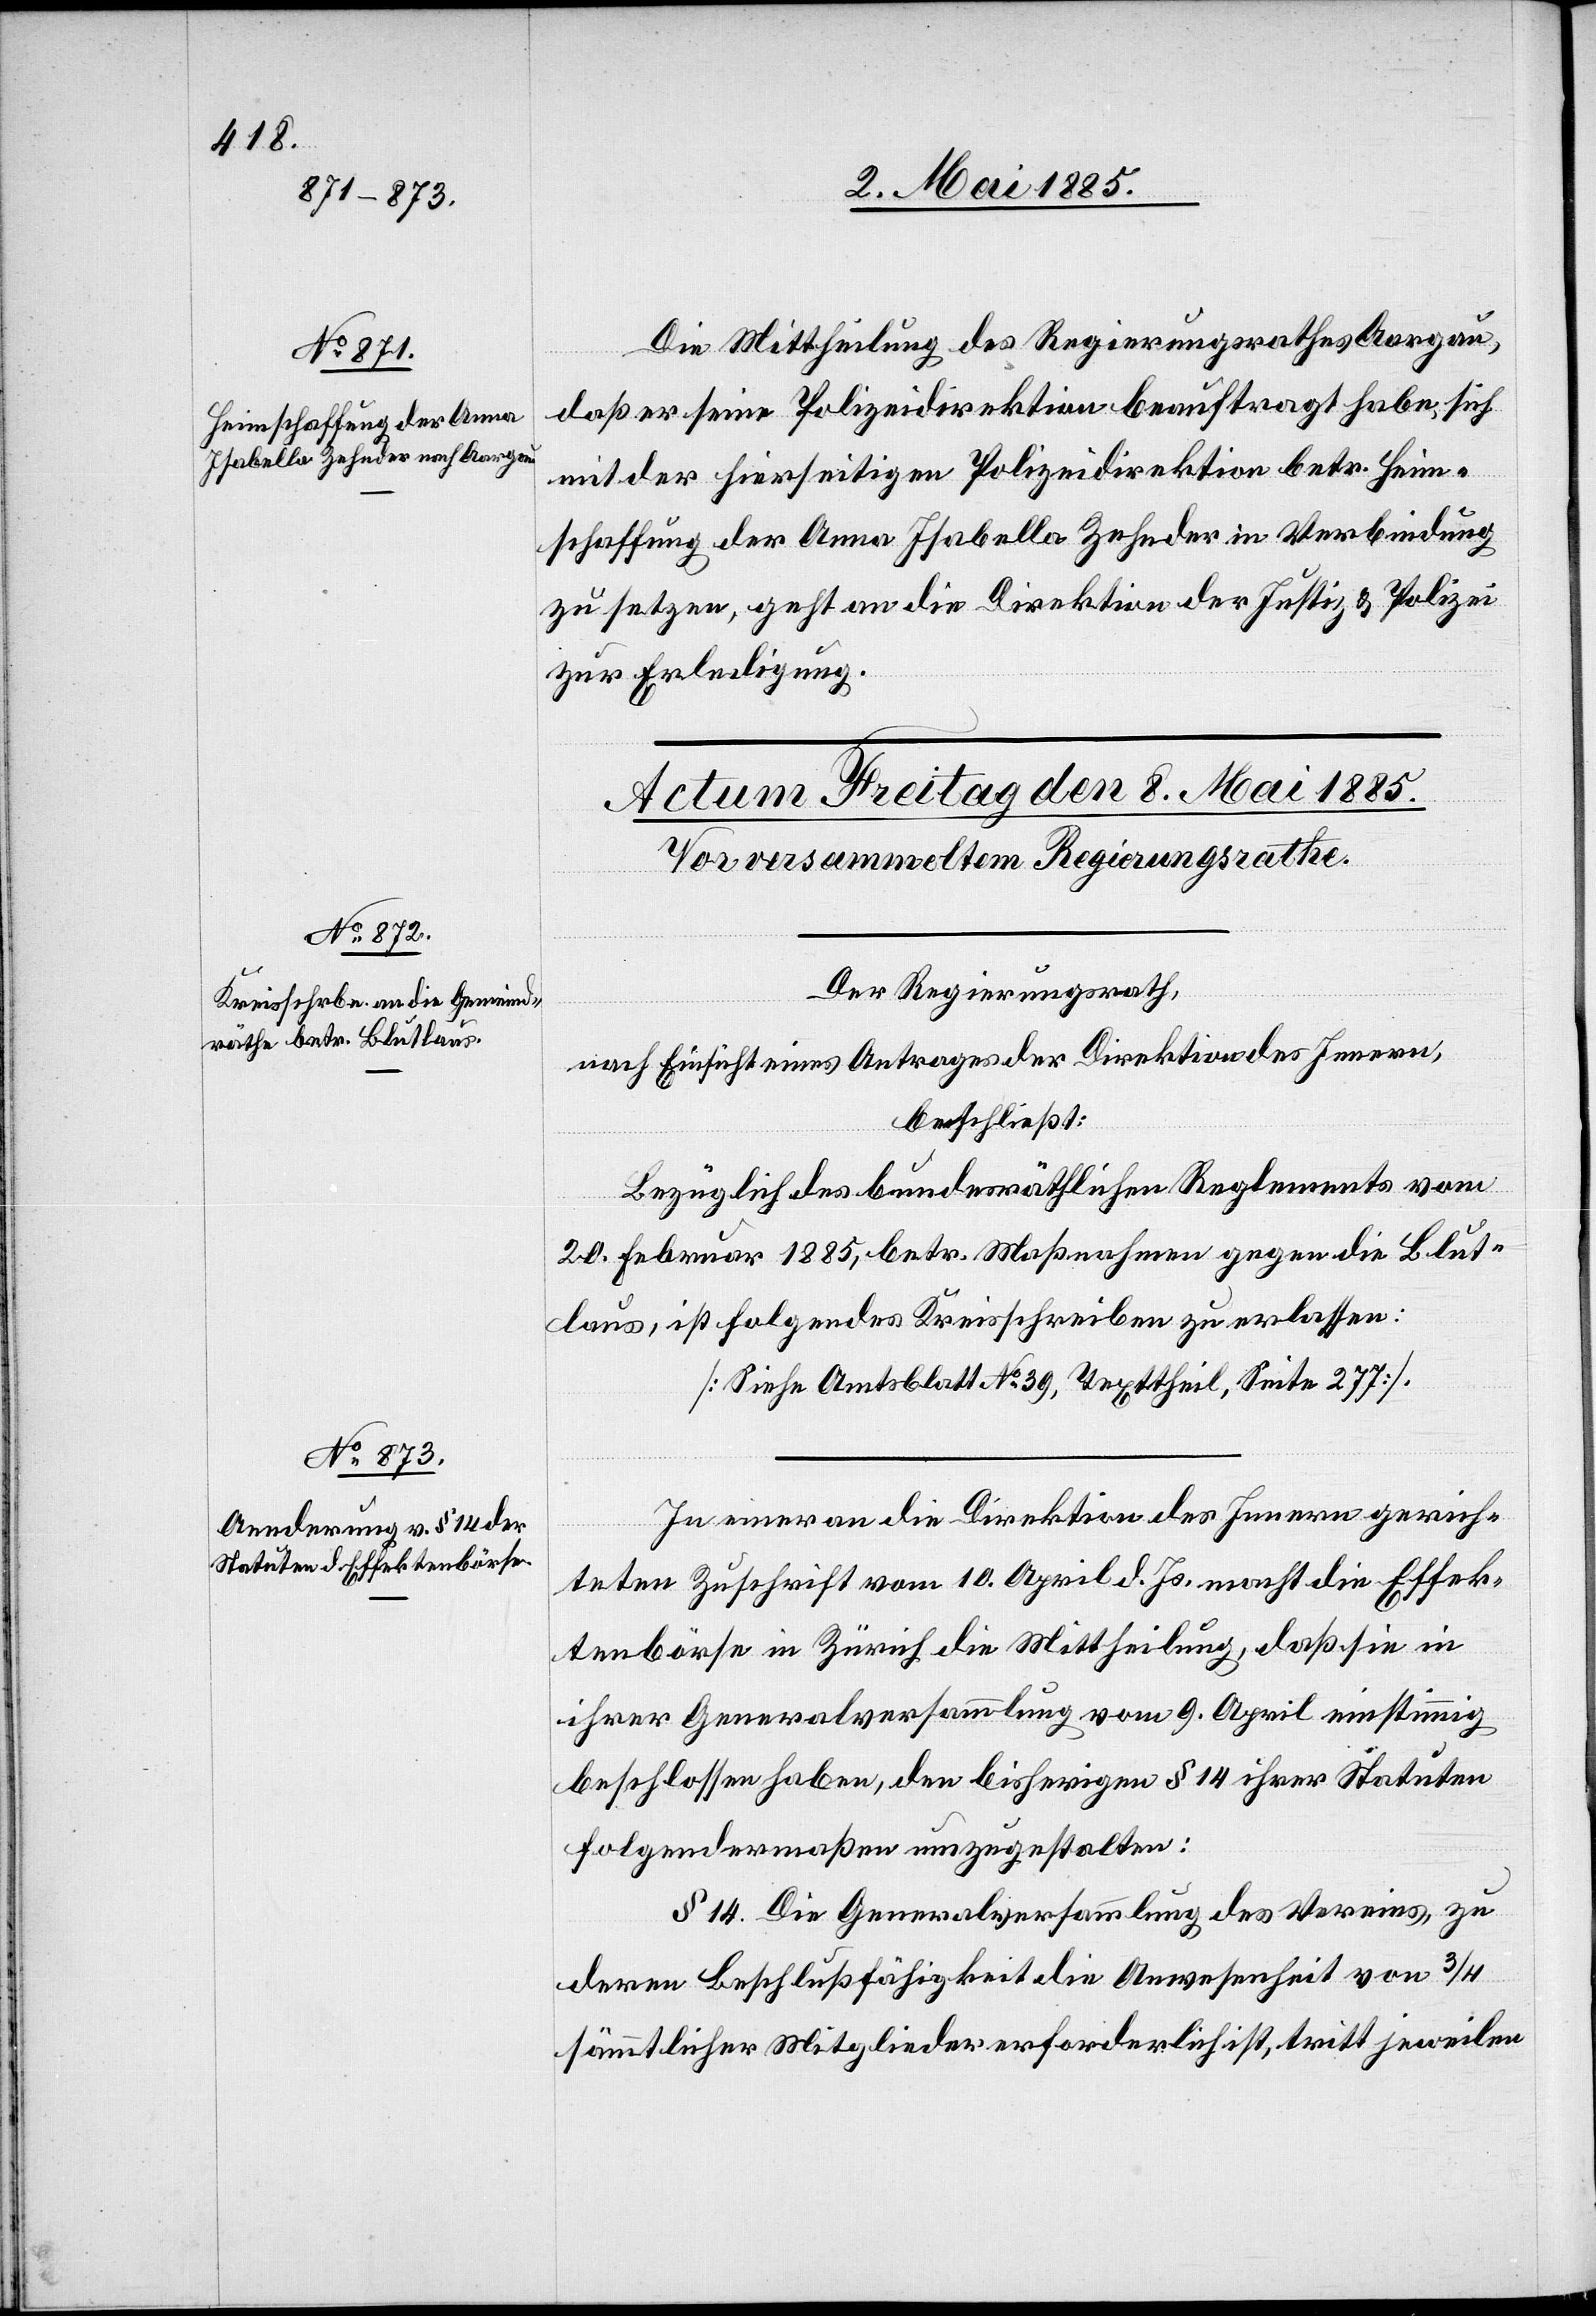
07. Mai 1885.]
Die Mittheilung des Regierungsrathes Aargau,
daß er seine Polizeidirektion beauftragt habe, sich
mit der hierseitigen Polizeidirektion betr. Heim¬
schaffung der Anna Isabella Zehnder in Verbindung
zu setzen, geht an die Direktion der Justiz & Polizei
zur Erledigung.
Der Regierungsrath,
nach Einsicht eines Antrages der Direktion des Innern,
beschließt:
Bezüglich des bundesräthlichen Reglements vom
20. Februar 1885, betr. Maßnahmen gegen die Blut¬
laus, ist folgendes Kreisschreiben zu erlassen:
[Siehe Amtsblatt No 39, Texttheil, Seite 277].
In einer an die Direktion des Innern gerich¬
teten Zuschrift vom 10. April d. Js. macht die Effek¬
tenbörse in Zürich die Mittheilung, daß sie in
ihrer Generalversammlung vom 9. April einstimmig
beschlossen haben, den bisherigen § 14 ihrer Statuten
folgendermaßen umzugestalten:
§ 14. Die Generalversammlung des Vereins, zu
deren Beschlußfähigkeit die Anwesenheit von 3/4
sämmtlichen Mitglieder erforderlich ist, tritt jeweilen